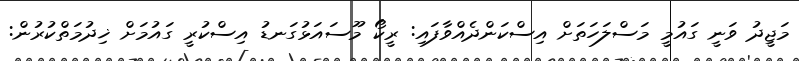
މަޖީދު ވަނީ ގައުމީ މަސްލަހަތަށް އިސްކަންދެއްވާފައި: ރީކޯ މޫސައަޅުގަނޑު އިސްކުރީ ގައުމަށް ޚިދުމަތްކުރުން: